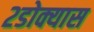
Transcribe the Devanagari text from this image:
२डोक्यास